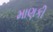
માણકી